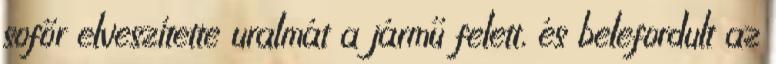
sofőr elveszítette uralmát a jármű felett, és belefordult az